Civil Veterinary Department Bihar & Orissa reports 1922-29 - 1922-1929
Year: 1922
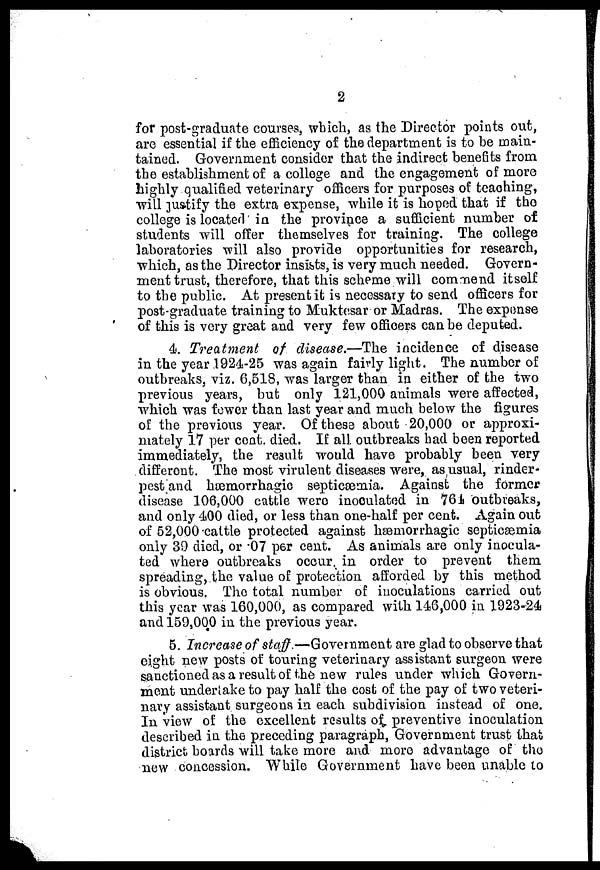
2
for post-graduate courses, which, as the Director points out,
are essential if the efficiency of the department is to be main-
tained. Government consider that the indirect benefits from
the establishment of a college and the engagement of more
highly qualified veterinary officers for purposes of teaching,
will justify the extra expense, while it is hoped that if the
college is located in the province a sufficient number of
students will offer themselves for training. The college
laboratories will also provide opportunities for research,
which, as the Director insists, is very much needed. Govern-
ment trust, therefore, that this scheme will commend itself
to the public. At present it is necessary to send officers for
post-graduate training to Muktesar or Madras. The expanse
of this is very great and very few officers can be deputed.
4. Treatment
of disease.—The incidence of disease
in the year 1924-25 was again fairly light. The number of
outbreaks, viz. 6,518, was larger than in either of the two
previous years, but only 121,000 animals were affected,
which was fewer than last year and much below the figures
of the previous year. Of these about 20,000 or approxi-
mately 17 per cent. died. If all. outbreaks had been reported
immediately, the result would have probably been very
different. The most virulent diseases were, as usual, rinder-
pest and hæmorrhagic septicaemia. Against the former
disease 106,000 cattle were inoculated in 76k outbreaks,
and only 400 died, or less than one-half per cent. Again out
of 52,000 cattle protected against hemorrhagic septicaemia
only 39 died, or 07 percent. As animals are only inocula-
ted where outbreaks occur in order to prevent them
spreading, the value of protection afforded by this method
is obvious. The total number of inoculations carried out
this year was 160,000, as compared with 146,000 in 1923-24
and 159,000 in the previous year.
5. Increase of staff —Government are glad to observe that
eight new posts of touring veterinary assistant surgeon were
sanctioned as a result of the new rules under which Govern-
ment undertake to pay half the cost of the pay of two veteri-
nary assistant surgeons in each subdivision instead of one.
In view of the excellent results of preventive inoculation
described in the preceding paragraph, Government trust that
district boards will take more and more advantage of the
new concession. While Government have been unable to